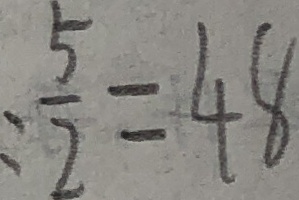
: \frac { 5 } { 2 } = 4 8